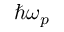
\hbar \omega _ { p }